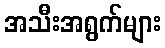
အသီးအရွက်များ